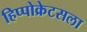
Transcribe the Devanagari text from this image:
हिप्पोक्रेटसला